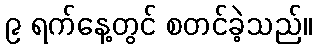
၉ ရက်နေ့တွင် စတင်ခဲ့သည်။